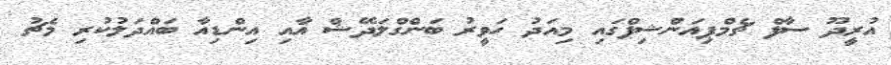
އުރީދޫ ސާފް ޗެމްޕިއަންޝިޕްގައި މިއަދު ހަވީރު ބަންގްލަދޭޝް އާއި އިންޑިއާ ބައްދަލުކުރި މެޗު